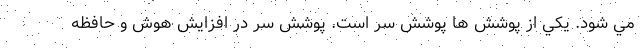
مي شود. يكي از پوشش ها پوشش سر است. پوشش سر در افزايش هوش و حافظه